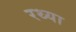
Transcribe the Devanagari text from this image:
रथ्या